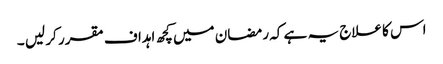
اس کا علاج یہ ہے کہ رمضان میں کچھ اہداف مقرر کر لیں ۔